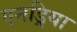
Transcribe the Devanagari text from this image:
एनड्रिया